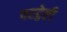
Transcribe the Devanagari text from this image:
परद्वेष्टी